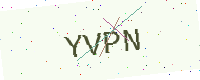
Text: YVPN